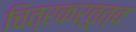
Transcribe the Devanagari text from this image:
चित्रकर्तृत्व